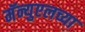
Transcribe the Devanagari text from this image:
मॅन्युएलच्या